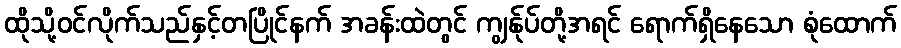
ထိုသို့ဝင်လိုက်သည်နှင့်တပြိုင်နက် အခန်းထဲတွင် ကျွန်ုပ်တို့အရင် ရောက်ရှိနေသော စုံထောက်